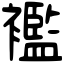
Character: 襤